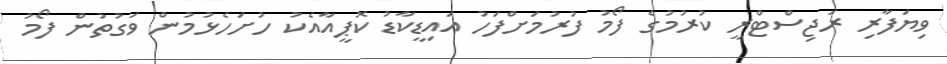
ވިޔަފާރި ރަޖިސްޓްރީ ކުރުމުގެ ފޯމު ފުރުމަށްފަހު އައިޑީކާޑު ކޮޕީއާއެކު ހުށަހެޅުމުން ވަގުތުން ފޯމު